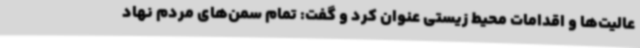
عالیت‌ها و اقدامات محیط زیستی عنوان کرد و گفت: تمام سمن‌های مردم نهاد